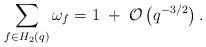
LaTeX: \begin{align*} \sum_{f\in H_2(q)} \omega_f = 1 \;+ \;\mathcal O\left(q^{-3/2} \right).\end{align*}